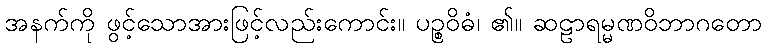
အနက်ကို ဖွင့်သောအားဖြင့်လည်းကောင်း။ ပဉ္စဝိဓံ၊ ၏။ ဆဠာရမ္မဏဝိဘာဂတော